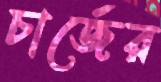
চার্জের